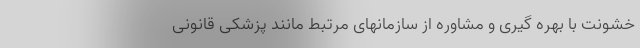
خشونت با بهره گیری و مشاوره از سازمانهای مرتبط مانند پزشکی قانونی